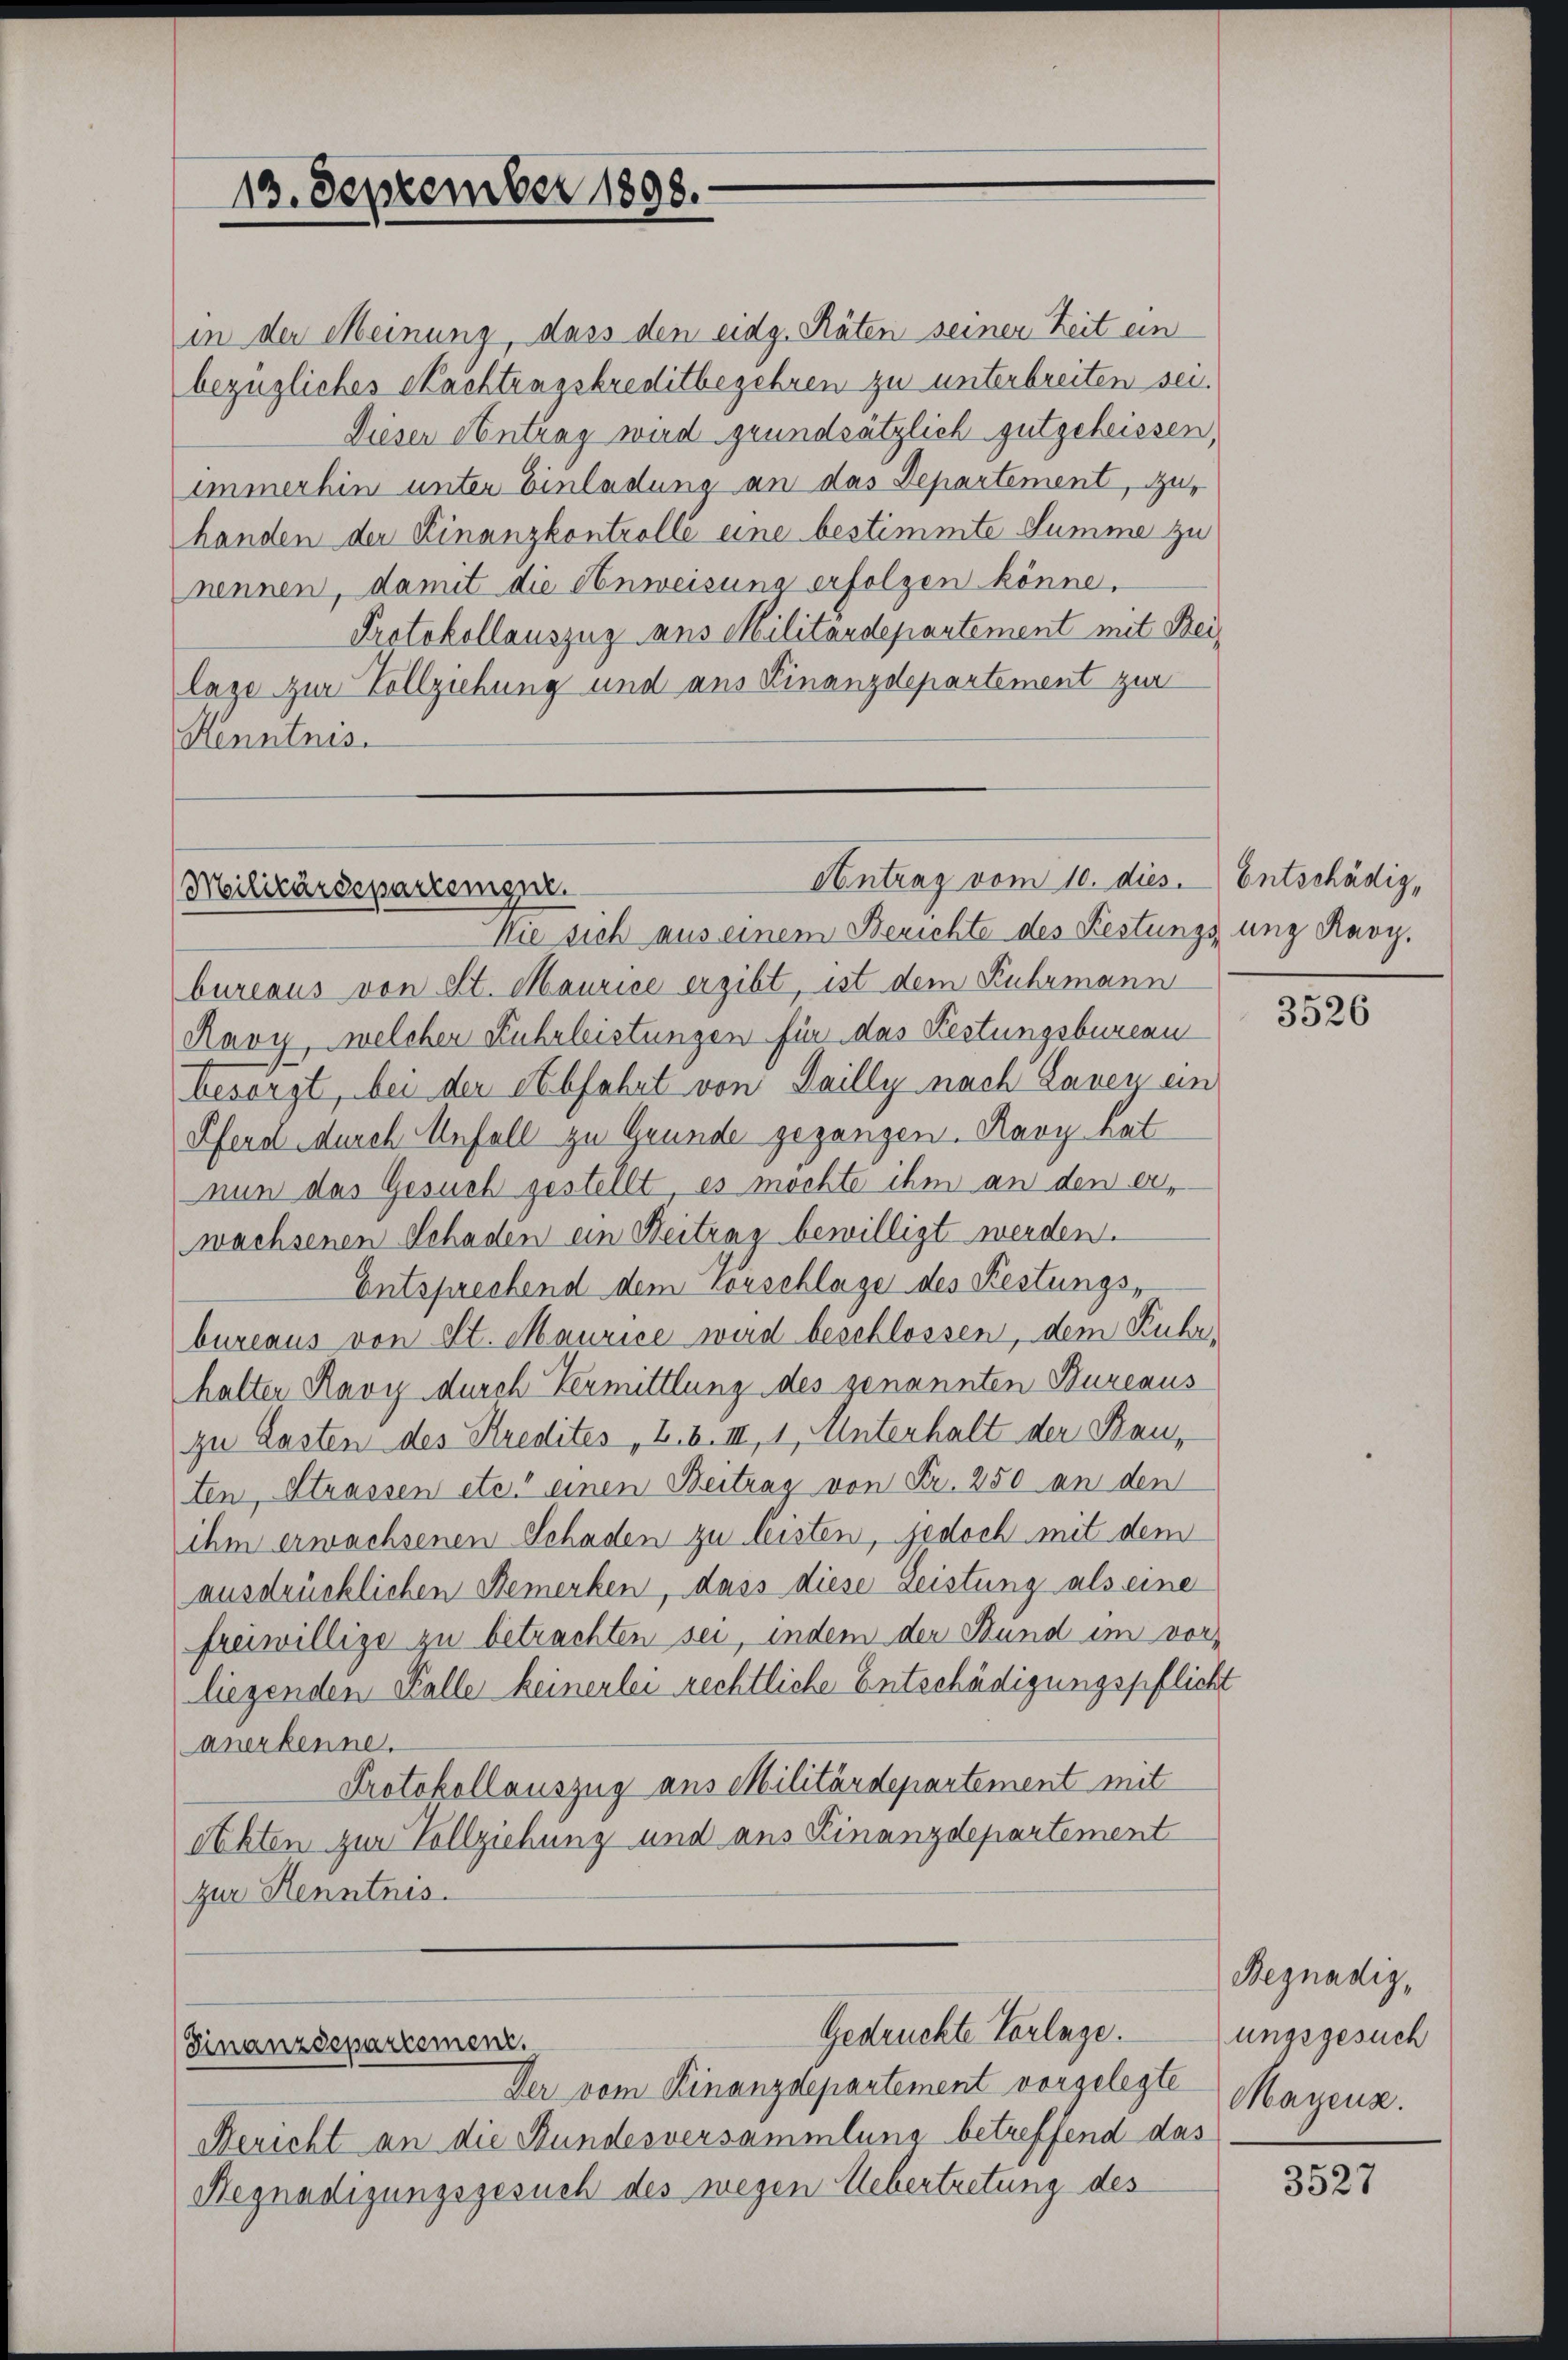
13. September 1898.

in der Meinung, dass den eidg. Räten seiner Zeit ein
bezügliches Nachtungskreditbegehren zu unterbreiten sei.
Dieser Antrag wird grundsätzlich gutgeheissen,
immerhin unter Einladung an das Departement, zuhanden der Finanzkontrolle eine bestimmte Summe zu
nennen, damit die Anweisung erfolgen könne.
Protokollauszug aus Militärdepartement mit Beilage zur Vollziehung und aus Finanzdepartement zur
Henntnis.

Antrag vom 10. dies.
Militärdepartement.
Wie sich aus einem Berichte des Festungsung Ravy.

Gedrückte Vorlage.
Finanzdepartement.
Der vom Finanzdepartement vorgelegte

bureaus von St. Maurice ergibt, ist dem Kuhrmann
Ravy, welcher Fuhrleistungen für das Festungsbureau
besorgt, bei der Abfahrt von Sailly nach Lavey ein
Pferd durch Unfall zu Grunde gegangen. Kary kat
nun das Gesuch gestellt, es möchte ihm an den er-
wachsenen Schaden ein Reitung bewilligt werden.
Entsprechend dem Vorschlage des Festungsbureaus von St. Maurice wird beschlossen, dem Kuhr-
halter Ravy durch Vermittlung des genannten Bureaus
zu Lasten des Kredites z. B. III, 1, Unterhalt der Bauten, Strassen etc. einen Beitrag von Fr. 250 an den
ihm erwachsenen Schaden zu leisten, jedoch mit dem
ausdrücklichen Bemerken, dass diese Leistung als eine
freiwillige zu betrachten sei, indem der Stund im vor-
liegenden Falle keinerlei rechtliche Entschädigungspflicht
anerkenne.
Protokollauszug aus Militärdepartement mit
eckten zur Vollziehung und aus Finanzdepartement
zur Kenntnis.

Bericht an die Stundesversammlung betreffend da
Hegnadigungsgesuch des wegen Uebertretung des

Entschädig¬

3526

Begnadig,
ungsgesuch
Mayenz.
3

3527